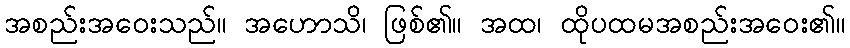
အစည်းအဝေးသည်။ အဟောသိ၊ ဖြစ်၏။ အထ၊ ထိုပထမအစည်းအဝေး၏။